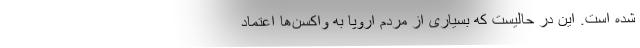
شده است. این در حالیست که بسیاری از مردم اروپا به واکسن‌ها اعتماد